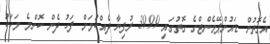
އެގޮތުން ޑައުންޕޭމެންޓްގެ ގޮތުގައި 3999 ރުފިޔާ ދެއްކުމަށް ފަހު ދެން ކޮންމެ މަހަކު